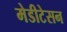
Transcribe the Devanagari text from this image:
मेडीटेसन